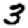
Digit: 3